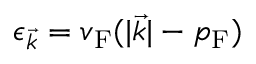
\epsilon _ { \vec { k } } = v _ { \mathrm { { F } } } ( | { \vec { k } } | - p _ { \mathrm { { F } } } )